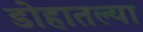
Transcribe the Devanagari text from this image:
डोहातल्या